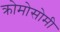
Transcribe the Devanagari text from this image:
क्रोमोसोमी